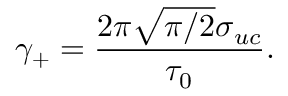
\gamma _ { + } = \frac { 2 \pi \sqrt { \pi / 2 } \sigma _ { u c } } { \tau _ { 0 } } .